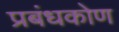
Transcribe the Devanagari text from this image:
प्रबंधकोण